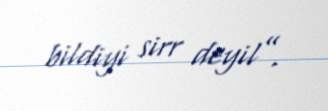
bildiyi sirr deyil”.